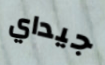
جيداي